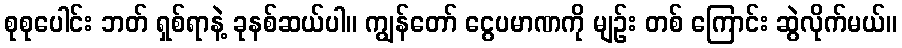
စုစုပေါင်း ဘတ် ရှစ်ရာနဲ့ ခုနစ်ဆယ်ပါ။ ကျွန်တော် ငွေပမာဏကို မျဉ်း တစ် ကြောင်း ဆွဲလိုက်မယ်။